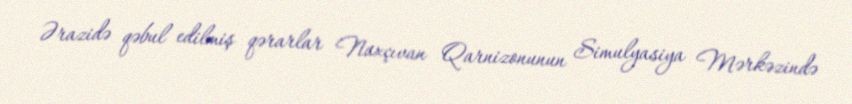
Ərazidə qəbul edilmiş qərarlar Naxçıvan Qarnizonunun Simulyasiya Mərkəzində